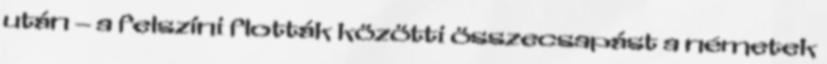
után – a felszíni flották közötti összecsapást a németek